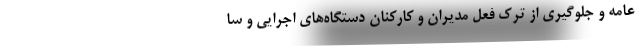
عامه و جلوگیری از ترک فعل مدیران و کارکنان دستگاه‌های اجرایی و سا